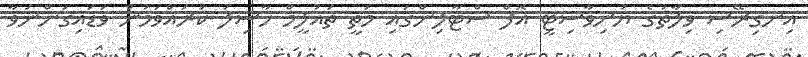
އިނގިރޭސި ވިލާތުގެ ޔުނިވާސިޓީ އޮފް ސްޓާލިންގައި މަތީ ތައުލީމް ހާސިލު ކުރައްވަމުން ވަޑައިގަންނަވާ